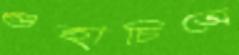
গুহাচিত্রে